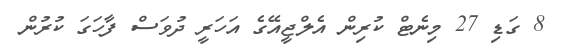
8 ގަޑި 27 މިނެޓް ކުރިން އެލްޖީއޭގެ އަހަރީ ދުވަސް ފާހަގަ ކުރުން